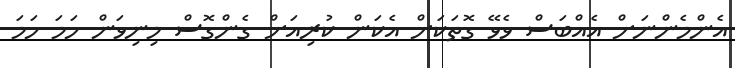
އެންމެންނަށް އެއްބަސް ވެވޭ ގޮތަކަށް އެކަން ކުރިއަށް ގެންގޮސް މިނިވަން ހަމަ ހަމަ